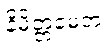
နိမိတ္တမေတံ